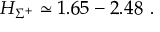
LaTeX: H _ { \Sigma ^ { + } } \simeq 1 . 6 5 - 2 . 4 8 \ .